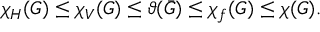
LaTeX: \chi _ { H } ( G ) \leq \chi _ { V } ( G ) \leq \vartheta ( { \bar { G } } ) \leq \chi _ { f } ( G ) \leq \chi ( G ) .